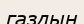
газдын